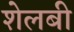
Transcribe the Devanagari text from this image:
शेलबी